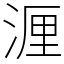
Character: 湹